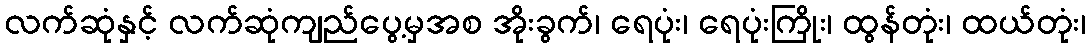
လက်ဆုံနှင့် လက်ဆုံကျည်ပွေ့မှအစ အိုးခွက်၊ ရေပုံး၊ ရေပုံးကြိုး၊ ထွန်တုံး၊ ထယ်တုံး၊